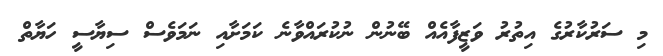
މި ސަރުކާރުގެ އިތުރު ވަޒީފާއެއް ބޭނުން ނުކުރައްވާނެ ކަމަށާއި ނަމަވެސް ސިޔާސީ ހަޔާތް